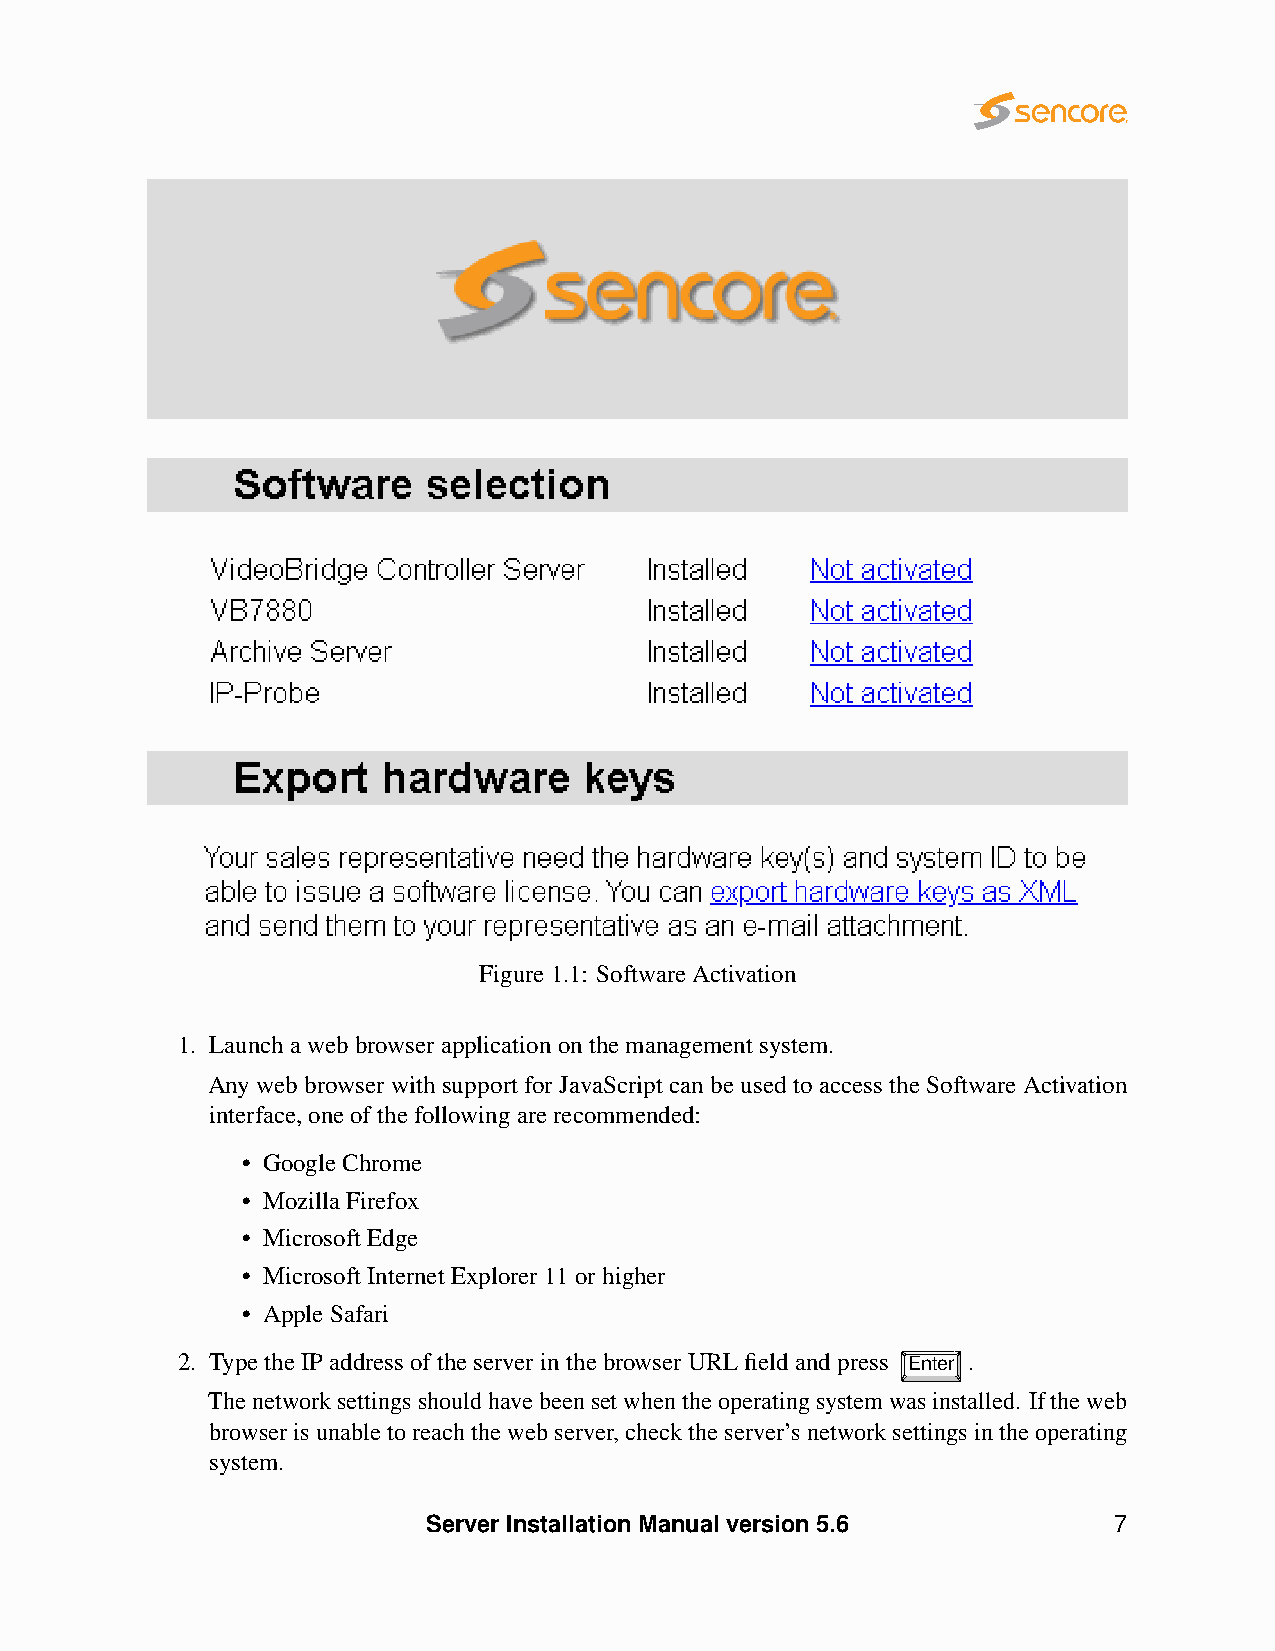
Figure1.1: SoftwareActivation
 1. Launchawebbrowserapplicationonthemanagementsystem.
 AnywebbrowserwithsupportforJavaScriptcanbeusedtoaccesstheSoftwareActivation
 interface,oneofthefollowingarerecommended:
 • GoogleChrome
 • MozillaFirefox
 • MicrosoftEdge
 • MicrosoftInternetExplorer11orhigher
 • AppleSafari
 2. TypetheIPaddressoftheserverinthebrowserURLfieldandpress Enter .
 Thenetworksettingsshouldhavebeensetwhentheoperatingsystemwasinstalled. Iftheweb
 browserisunabletoreachthewebserver,checktheserver’snetworksettingsintheoperating
 system.
 Server Installation Manual version 5.6        7